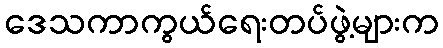
ဒေသကာကွယ်ရေးတပ်ဖွဲ့များက